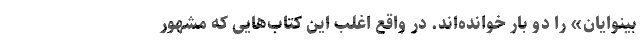
بینوایان» را دو بار خوانده‌اند. در واقع اغلب این کتاب‌هایی که مشهور